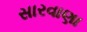
સારવાણા